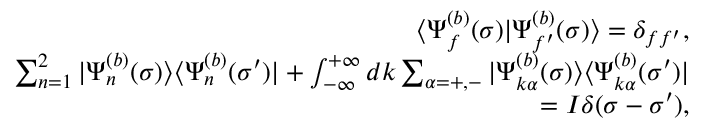
\begin{array} { r l r } & { } & { \langle \Psi _ { f } ^ { ( b ) } ( \sigma ) | \Psi _ { f ^ { \prime } } ^ { ( b ) } ( \sigma ) \rangle = \delta _ { f f ^ { \prime } } , } \\ & { } & { \sum _ { n = 1 } ^ { 2 } | \Psi _ { n } ^ { ( b ) } ( \sigma ) \rangle \langle \Psi _ { n } ^ { ( b ) } ( \sigma ^ { \prime } ) | + \int _ { - \infty } ^ { + \infty } d k \sum _ { \alpha = + , - } | \Psi _ { k \alpha } ^ { ( b ) } ( \sigma ) \rangle \langle \Psi _ { k \alpha } ^ { ( b ) } ( \sigma ^ { \prime } ) | } \\ & { } & { = I \delta ( \sigma - \sigma ^ { \prime } ) , } \end{array}